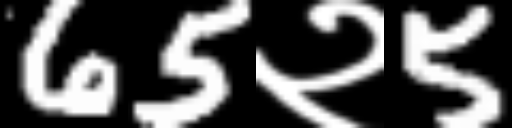
Text: 65२5